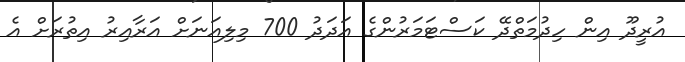
އުރީދޫ އިން ހިދުމަތްދޭ ކަސްޓަމަރުންގެ އަދަދު 700 މިލިއަނަށް އަރާއިރު އިތުރަށް އެ